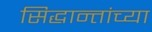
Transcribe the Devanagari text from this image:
सिद्धान्तांच्या